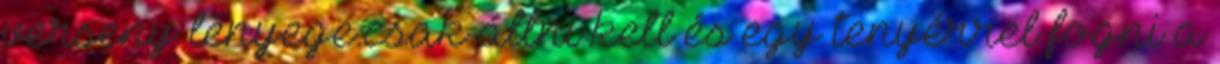
verseny lényege:csak állni kell és egy tenyérrel fogni a